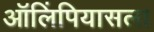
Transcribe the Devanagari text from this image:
ऑलिंपियासला